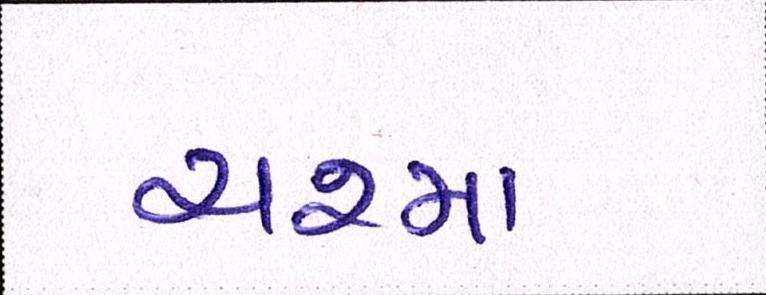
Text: ચશ્મા